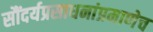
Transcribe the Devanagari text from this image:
सौंदर्यप्रसाधनांप्रमाणेच